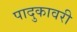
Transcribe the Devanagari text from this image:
पादुकावरी